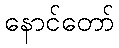
နောင်တော်